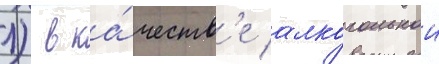
л) в ка́честв'е алкогольнои